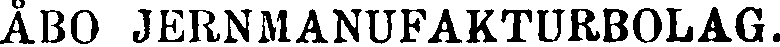
ÅBO JERNMANUFAKTURBOLAG.